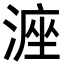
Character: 𪶶